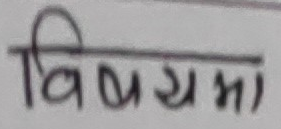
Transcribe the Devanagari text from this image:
विषयमा